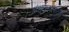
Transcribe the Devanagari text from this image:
बंधार्‍यापर्यंत